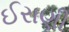
ઈરાણી